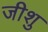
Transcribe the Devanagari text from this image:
जीशु